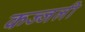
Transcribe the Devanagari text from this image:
कज्‍जली